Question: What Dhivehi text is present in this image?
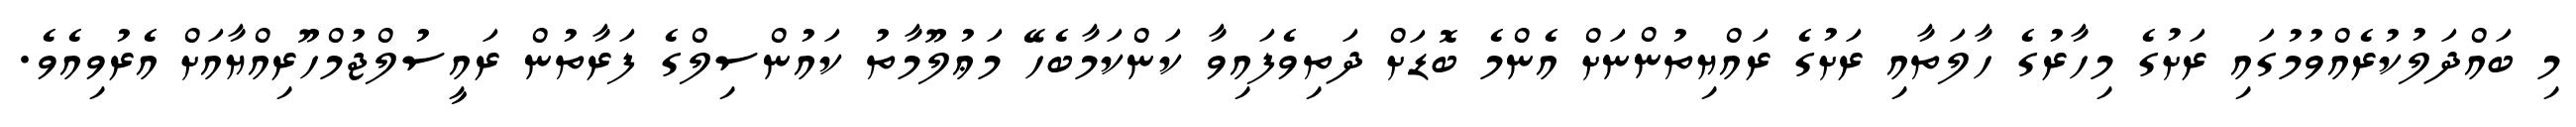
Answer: މި ބައްދަލުކުރެއްވުމުގައި ރަށުގެ މިހާރުގެ ހާލަތާއި ރަށުގެ ރައްޔިތުންނަށް އެންމެ ބޮޑަށް ދަތިވެފައިވާ ކަންކަމާބެހޭ މަޢުލޫމާތު ކައުންސިލްގެ ފަރާތުން ރައީސުލްޖުމްހޫރިއްޔާއަށް އެރުވިއެވެ.